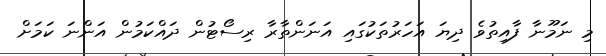
މި ނަމޫނާ ފާއިތުވެ ދިޔަ އަހަރުތަކުގައި އަނަންތާރާ ރިސޯޓުން ދައްކަމުން އަންނަ ކަމަށް